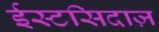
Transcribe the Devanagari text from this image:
ईस्टसिदाज़